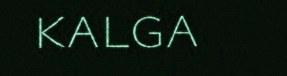
kalga